Medical and sanitary report of the native army of Bengal for the year
Year: 1876
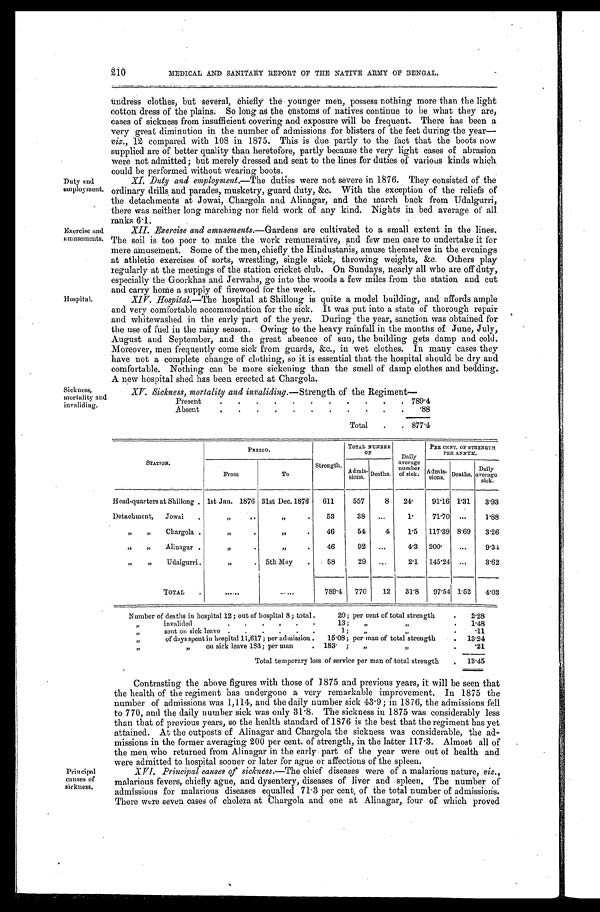
210
MEDICAL AND SANITARY REPORT OF THE NATIVE ARMY OF BENGAL.
Undress clothes, but several, chiefly the . younger men, possess nothing more than the light
cotton dress of the plains: So long as the customs of natives continue to be what they are,
cases of sickness from insufficient covering and exposure will be frequent. There has been a
very great diminution in the number of admissions for blisters of the feet during the year—
viz., 12 compared with 108 in 1875. This is due. partly to the fact that the boots now
supplied are of better quality than heretofore, partly because the very light cases of abrasion
were not admitted; but merely dressed and sent to the lines for duties of various kinds which.
could be performed without wearing boots.
Duty and
X.I. Duty and employment.—The duties were not severe in 1876. They consisted of the
employment. ordinary drills and parades, musketry, guard duty, &c. With the exception of the reliefs of
the detachments at Jowai, Chargola and Alinagar, and the march back from Udalgurri,
there was neither long marching nor field work of any kind. Nights in bed average of all
ranks 6.1.
Exercise and
XII. Exercise and amusements.—Gardens are cultivated to a small extent in the lines.
aun usements. T h e s o i l i s t o o
p o o r
t o m a k e t h e w o r k r e m u n e r a t i v e , a n d f e w m e n c a r e t o u n d e r t a k e i t f o r
mere amusement. Some of the men, chiefly the Hindustanis, amuse themselves in the evenings
at athletic exercises of sorts, wrestling, single stick, throwing weights, &c. Others play-
regularly at the meetings of the station cricket club. On Sundays, nearly all who are off duty,
especially the Goorkhas and Jerwahs
'
go into the woods a few miles from the station and cut
and carry home a supply of firewood for the week.
Hospital. X1 V. Hospital,The hospital at Shillong is quite a model building, and affords ample
and very comfortable accommodation for the sick. It was put into a state of thorough repair
and whitewashed in the early part of the year. During the year, sanction was obtained for
the use of fuel in the rainy season. Owing to the heavy rainfall in the months of June, July,
August and September, and the great absence of sun, the building gets damp and cold.
Moreover, men frequently come sick from guards, &c., in wet clothes. In many cases they
have not a complete change of clothing, so it is essential that the hospital should be dry and
comfortable. Nothing can be more sickening than the smell of damp clothes and bedding.
A new hospital shed has been erected at Chargola.
Sickness,
mortality and
invaliding.
PERIOD.
TOTAL NUMBER
PER CENT. OF STRENGT
OF
Daily
PER ANNUM.
STATION.
Strength.
average
numer b
Daily
From
To
Admis-
sions.
Deaths.
i
of sic);. Admis- Deaths, average
sions .
sick.
Head-quarters at Shillong . 1st Jan. 1876 31st Dec. 1876
611
557
8
24.
91.16 1'31
3.93
Detachment,
Jowai
.
53
38
...
1'
71.70
...
1.88
„
„
Chargola .
46
54
4
1.5
117 .39 8'69
3.26
„
„
Alivagar .
46
92
...
4'3
200.
...
9.34
„
„
Udalgurri.
5th May
58
29
...
2.1
145'24
3.62
TOTAL
.
...
. . .
. . .
789'4
770
12
31'8
97 .54 1 .52
4.03
Number of deaths in hospital 12 ; out of hospital 8 ; total .
20 ; per cent of total strength
.
2.28
.
.
.
.
.
.
invalided
13 ;
. .
„
”
1.48
lf
sent on sick leave .
.
.
,
.
.
1;
..
,1
”
of days spent in hospital 11,617 ; Der admission .
15 .08; per man of total strength
.11
13.24
„
on sick leave 1S3; per man
. 183. ;
„
)3
.21
Total temporary loss of service per man of total strength
13.45
Contrasting the above figures with those of 1875 and previous years, it will be seen that
the health of the regiment has undergone a very remarkable improvement. In 1875 the
number of admissions was 1,114, and the daily number sick 43 . 9; in 1876, the admissions fell
to 770, and the daily number sick was only 31 . 8. The sickness in 1875 was considerably less
than that of previous years, so the health standard of 1876 is the best that the regiment has yet
attained. At the outposts of Alinagar and Chargola the sickness was considerable, the ad-
missions in the former averaging 200 per cent. of strength, in the latter 117 . 3. Almost all of
.
the men, who returned from Alinagar in the early . part of the year were out of health and
were admitted to hospital sooner or later for ague or affections of the spleen.
Principal
XVI. Principal causes of sickness.—The chief diseases were of a malarious nature, viz.,
causes of
malarious fevers, chiefly ague, and dysentery, diseases of liver and spleen. The number of
Sickness,
-
admissions for malarious diseases equalled 71 . 3 per cent, of the total number of admissions.
There were seven cases of cholera at Chargola and one at Alinagar, four of which proved
XV. Sickness, mortality and intaliding.—Streng,th of the Regiment
Present
.
.
.
.
.
.
.
. . . 7 8 9 ' 4
Absent
.
.
.
.
.
. . . . . . ' 8 8
Total
.
. 877'4